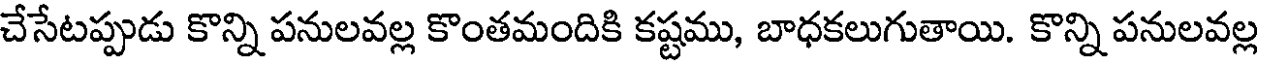
చేసేటప్పుడు కొన్ని పనులవల్ల కొంతమందికి కష్టము, బాధకలుగుతాయి. కొన్ని పనులవల్ల